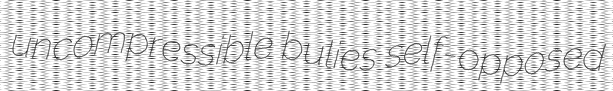
uncompressible bulies self-opposed